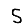
Digit: 5